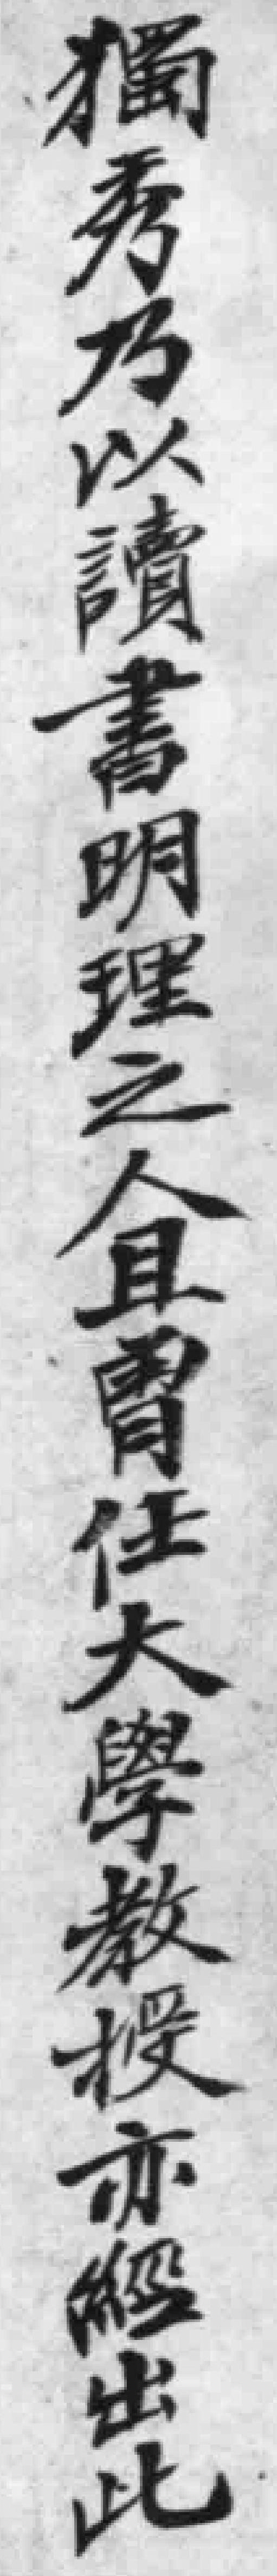
獨秀乃以讀書明理之人胃任大學教投亦解出此